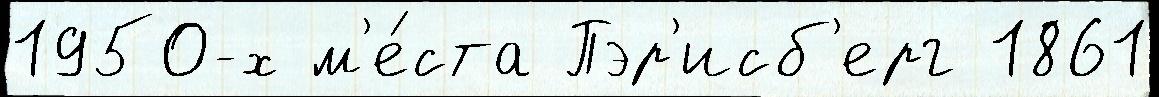
1950-х м'е́ста Пэр'исб'ерг 1861